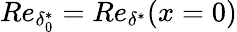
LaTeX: Re_{\delta_{0}^{*}}=Re_{\delta^{*}}(x=0)